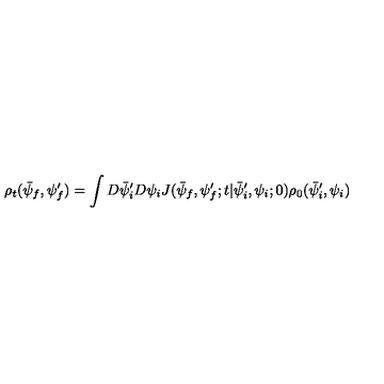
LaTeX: \rho _ { t } ( \bar { \psi } _ { f } , \psi _ { f } ^ { \prime } ) = \int D \bar { \psi } _ { i } ^ { \prime } D \psi _ { i } J ( \bar { \psi } _ { f } , \psi _ { f } ^ { \prime } ; t | \bar { \psi } _ { i } ^ { \prime } , \psi _ { i } ; 0 ) \rho _ { 0 } ( \bar { \psi } _ { i } ^ { \prime } , \psi _ { i } )